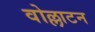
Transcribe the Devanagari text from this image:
वोल्लाटन